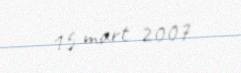
15 mart 2007